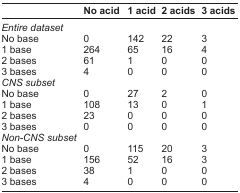
|  | No acid | 1 acid | 2 acids | 3 acids |
 | --- | --- | --- | --- | --- |
 | <COLSPAN=5> Entire dataset |
 | No base | 0 | 142 | 22 | 3 |
 | 1 base | 264 | 65 | 16 | 4 |
 | 2 bases | 61 | 1 | 0 | 0 |
 | 3 bases | 4 | 0 | 0 | 0 |
 | <COLSPAN=5> CNS subset |
 | No base | 0 | 27 | 2 | 0 |
 | 1 base | 108 | 13 | 0 | 1 |
 | 2 bases | 23 | 0 | 0 | 0 |
 | 3 bases | 0 | 0 | 0 | 0 |
 | <COLSPAN=5> Non-CNS subset |
 | No base | 0 | 115 | 20 | 3 |
 | 1 base | 156 | 52 | 16 | 3 |
 | 2 bases | 38 | 1 | 0 | 0 |
 | 3 bases | 4 | 0 | 0 | 0 |